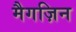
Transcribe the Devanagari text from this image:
मैगज़िन